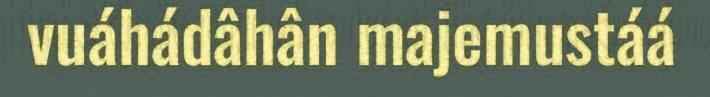
vuáhádâhân majemustáá